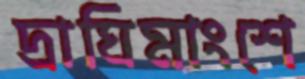
দ্রাঘিমাংশে